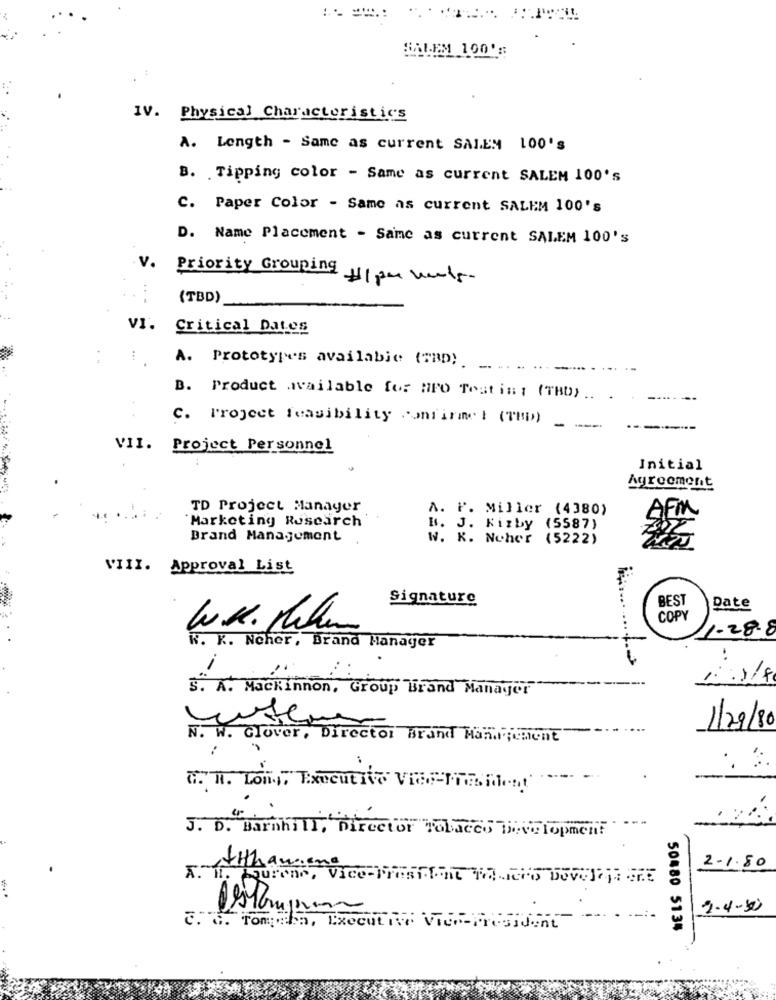
SALEM 100':
IV. Physical Characteristics
A. Length - Same as current SALEM 100'S
B. . Tipping color - Same as current SALEM 100's
C. Paper Color - Same as current SALEM 100's
D. Name Placement - Same as current SALEM 100's
V. Priority Grouping Hipo Words.
(TBD)
VI. Critical Dates
A. Prototypes available (UND).
B. Product available for HFO Testing (THU) .. .
C. Project feasibility confinnel (TUD)
VII. Project Personnel
Initial
Agreement
TD Project Manager
A. P. Miller (4380)
Marketing Research
AFM
B. J. Kizby (5587)
Brand Management
W. K. Noher (5222)
VIII. Approval List
Signature
BEST
Date
COPY
W.R. Pila
1-28-8
K. K. Ncher, Brand Manager
:
i
S. A. Mackinnon, Group Brand Manager
N.
1/29/80
W. clover, Director Brand Management
a. R. Lon, Executive VICE-Time
J. D. Barnhill, Director Tobacco Thevelopment
Atthawien
2-1.80
2.4-50
C. .. Tomp:ha, Executive Vice-President
50880 5134